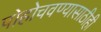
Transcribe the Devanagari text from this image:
पोहोचवण्यासाठीही